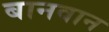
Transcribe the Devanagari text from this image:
बानवान